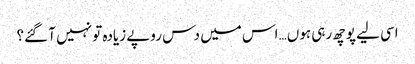
اسی لیے پوچھ رہی ہوں… اس میں دس روپے زیادہ تو نہیں آ گئے؟